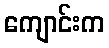
ကျောင်းက